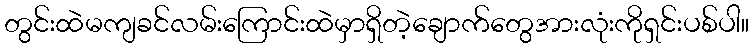
တွင်းထဲမကျခင်လမ်းကြောင်းထဲမှာရှိတဲ့ချောက်တွေအားလုံးကိုရှင်းပစ်ပါ။